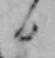
日